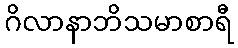
ဂိလာနာဘိသမာစာရီ